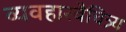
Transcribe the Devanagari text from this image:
व्यवहारवैचित्र्य